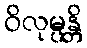
ဝိလုမ္ပန္တိ